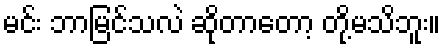
မင်း ဘာမြင်သလဲ ဆိုတာတော့ တို့မသိဘူး။